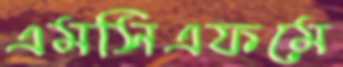
এমসিএফমে